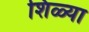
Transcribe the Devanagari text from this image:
शिळ्या